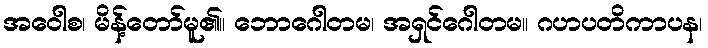
အဝေါစ၊ မိန့်တော်မူ၏။ ဘောဂေါတမ၊ အရှင်ဂေါတမ။ ဂဟပတိကာပန၊